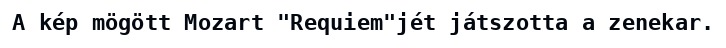
A kép mögött Mozart "Requiem"jét játszotta a zenekar.